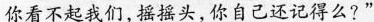
你看不起我们,摇摇头,你自己还记得么?”